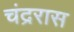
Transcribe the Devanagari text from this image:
चंद्ररास